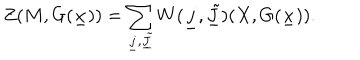
Z ( M , G ( \underline { { x } } ) ) = \sum _ { \underline { { j } } , \underline { { { \tilde { J } } } } } W ( \underline { { j } } , \underline { { { \tilde { J } } } } ) ( X , G ( \underline { { x } } ) ) .